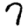
Digit: 7